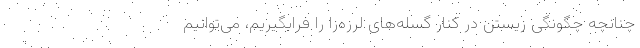
چنانچه چگونگی زیستن در کنار گسله‌های لرزه‌زا را فرابگیریم، می‌توانیم